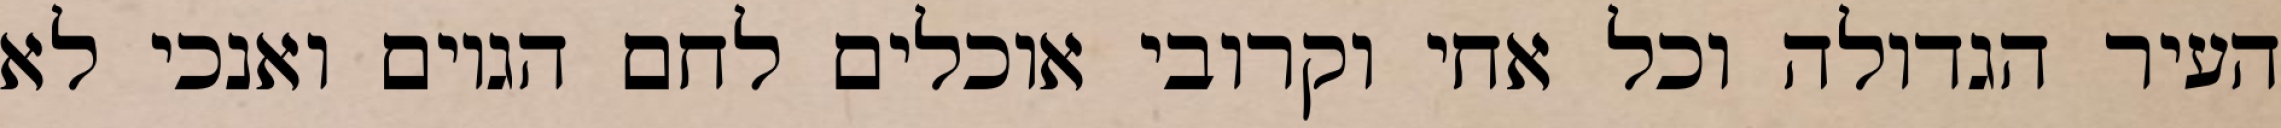
העיר הגדולה וכל אחי וקרובי אוכלים לחם הגוים ואנכי לא